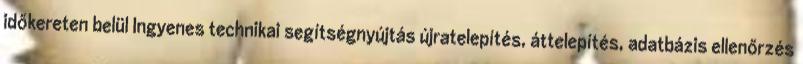
időkereten belül Ingyenes technikai segítségnyújtás újratelepítés, áttelepítés, adatbázis ellenőrzés